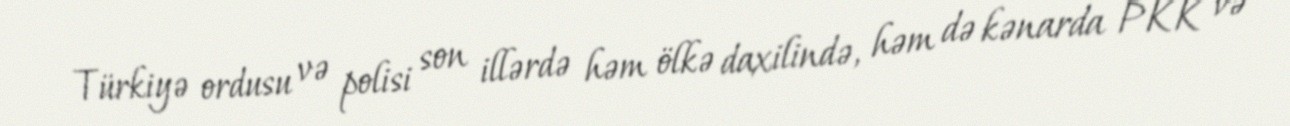
Türkiyə ordusu və polisi son illərdə həm ölkə daxilində, həm də kənarda PKK və